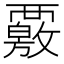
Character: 覈